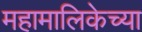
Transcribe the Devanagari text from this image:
महामालिकेच्या